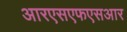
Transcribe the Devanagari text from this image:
आरएसएफएसआर